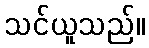
သင်ယူသည်။